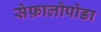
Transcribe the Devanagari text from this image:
सेफ़ालोपोडा